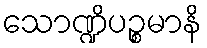
သောဏ္ဍိပဉ္စမာနိ